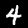
Label: 4